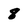
Character: 8